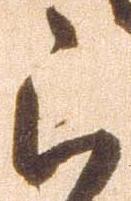
被